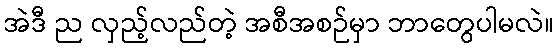
အဲဒီ ည လှည့်လည်တဲ့ အစီအစဉ်မှာ ဘာတွေပါမလဲ။